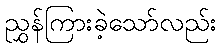
ညွှန်ကြားခဲ့သော်လည်း